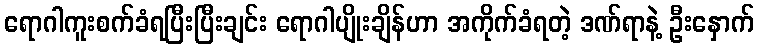
ရောဂါကူးစက်ခံရပြီးပြီးချင်း ရောဂါပျိုးချိန်ဟာ အကိုက်ခံရတဲ့ ဒဏ်ရာနဲ့ ဦးနှောက်